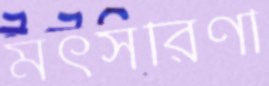
মৎসরিণী